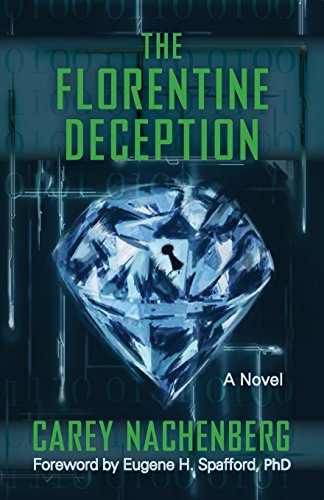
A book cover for The Florentine Deception: A Novel; Carey Nachenberg; Mystery, Thriller & Suspense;